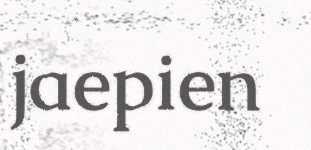
jaepien